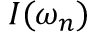
\displaystyle I ( \omega _ { n } )